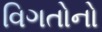
વિગતોનો